Source: Handwritten
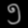
Digit: ၅ (5)